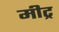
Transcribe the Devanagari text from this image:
मीट्र